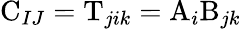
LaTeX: \mathrm{C}_{IJ}=\mathrm{T}_{jik}=\mathrm{A}_{i}\mathrm{B}_{jk}